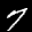
Label: 7